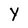
Character: Y